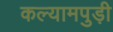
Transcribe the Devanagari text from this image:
कल्यामपुड़ी